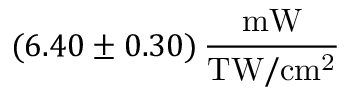
( 6 . 4 0 \pm 0 . 3 0 ) \, \frac { \mathrm { m W } } { \mathrm { T W / c m ^ { 2 } } }